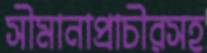
সীমানাপ্রাচীরসহ